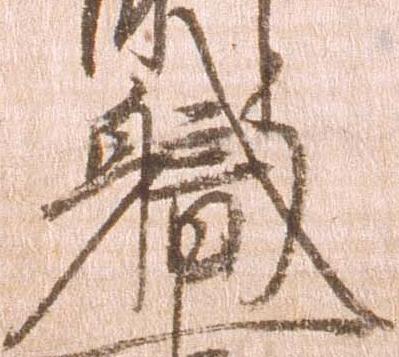
職